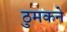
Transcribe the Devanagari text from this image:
ठुमकने